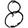
Digit: 8